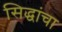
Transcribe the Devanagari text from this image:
सिद्धांचा